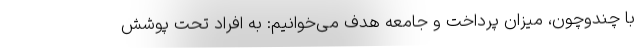
با چندوچون، میزان پرداخت و جامعه هدف می‌خوانیم: به افراد تحت پوشش